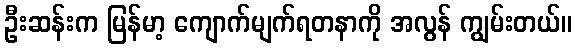
ဦးဆန်းက မြန်မာ့ ကျောက်မျက်ရတနာကို အလွန် ကျွမ်းတယ်။